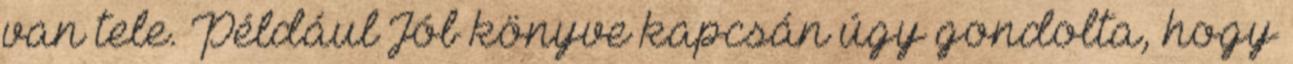
van tele. Például Jób könyve kapcsán úgy gondolta, hogy